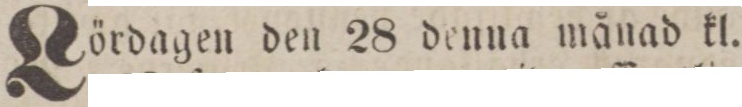
Lördagen den 28 denna månad kl.